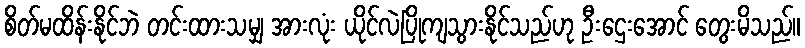
စိတ်မထိန်းနိုင်ဘဲ တင်းထားသမျှ အားလုံး ယိုင်လဲပြိုကျသွားနိုင်သည်ဟု ဦးဌေးအောင် တွေးမိသည်။